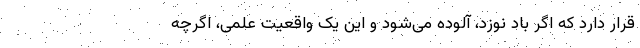
قرار دارد که اگر باد نوزد، آلوده می‌شود و این یک واقعیت علمی، اگرچه